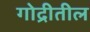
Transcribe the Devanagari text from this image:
गोद्रीतील